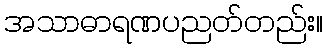
အသာဓာရဏပညတ်တည်း။